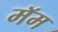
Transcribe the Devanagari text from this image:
मॅम